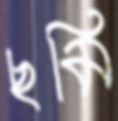
ছমি